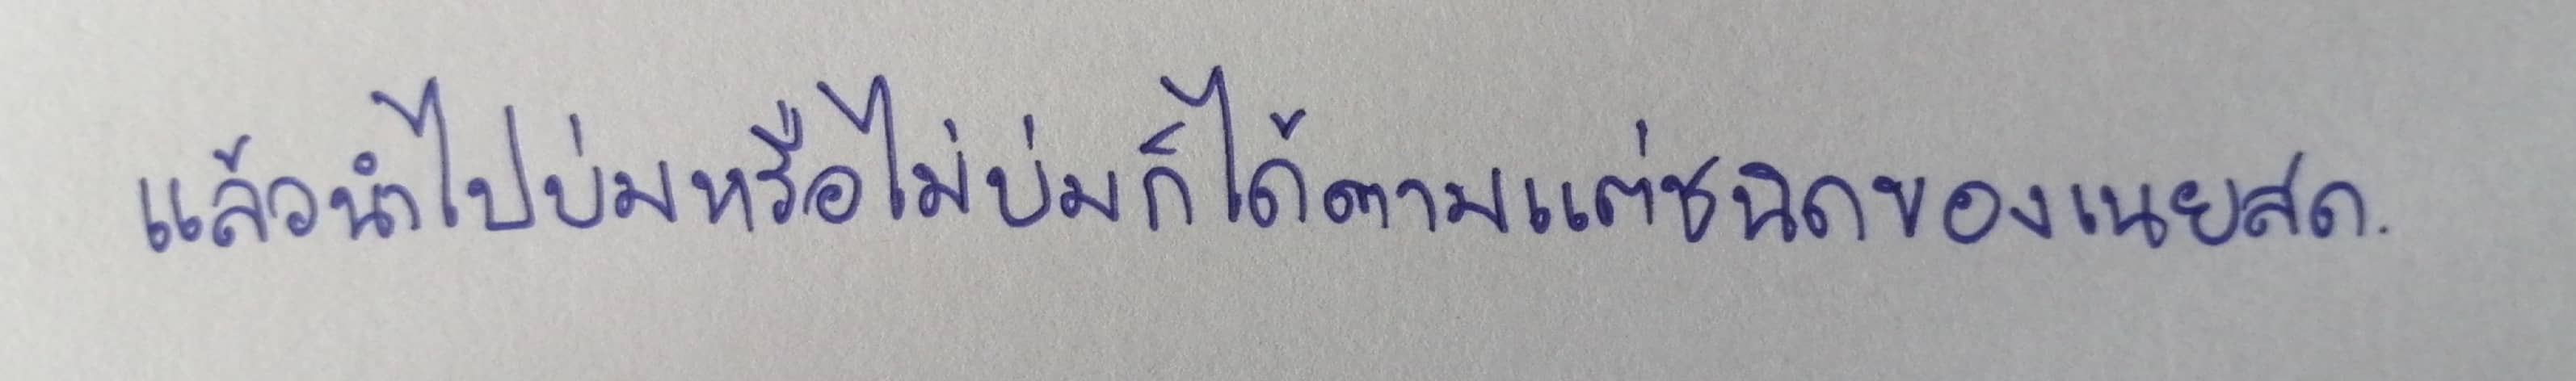
แล้วนำไปบ่มหรือไม่บ่มก็ได้ตามแต่ชนิดของเนยสด